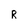
Character: R